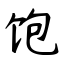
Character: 饱